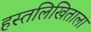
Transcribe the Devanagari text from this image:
हस्तलिखिताला